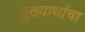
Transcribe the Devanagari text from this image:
मुख्यार्थाचा